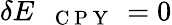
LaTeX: \delta E_{\mathrm{~\texttt~{~C~P~Y~}~}}=0